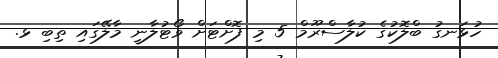
ހުޅަނގު ބްލޮކުގެ ކުލާސްރޫމް 5 މި ފޮށްޓަށް ވޯޓުލާނީ މާލޭގައި ތިބި ޅ.